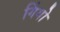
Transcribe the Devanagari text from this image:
गिंगो